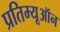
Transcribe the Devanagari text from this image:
प्रतिम्यूऑन